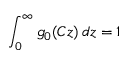
\int _ { 0 } ^ { \infty } g _ { 0 } ( C z ) ~ \! d z = 1